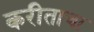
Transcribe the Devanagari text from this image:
करीताचा